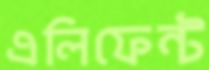
এলিফেন্ট